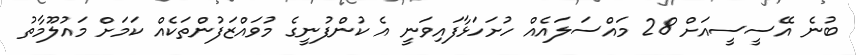
ބުނެ އޭސީސީއަށް 28 މައްސަލައެއް ހުށަހަޅާފައިވަނީ އެ ކުންފުނީގެ މުވައްޒަފުންތަކެއް ކަމަށް މައުލޫމާތު